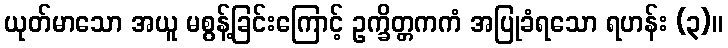
ယုတ်မာသော အယူ မစွန့်ခြင်းကြောင့် ဥက္ခိတ္တကကံ အပြုခံရသော ရဟန်း (၃)။